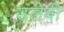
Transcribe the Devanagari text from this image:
उलेवी